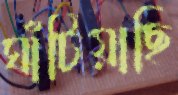
ঘাঁটিয়াছি